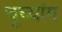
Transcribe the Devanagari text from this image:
चूच्यांग